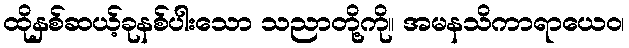
ထိုနှစ်ဆယ့်ခုနစ်ပါးသော သညာတို့ကို။ အမနသိကာရာယေဝ၊